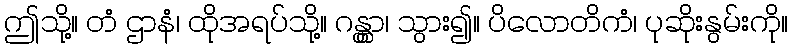
ဤသို့။ တံ ဌာနံ၊ ထိုအရပ်သို့။ ဂန္တွာ၊ သွား၍။ ပိလောတိကံ၊ ပုဆိုးနွမ်းကို။